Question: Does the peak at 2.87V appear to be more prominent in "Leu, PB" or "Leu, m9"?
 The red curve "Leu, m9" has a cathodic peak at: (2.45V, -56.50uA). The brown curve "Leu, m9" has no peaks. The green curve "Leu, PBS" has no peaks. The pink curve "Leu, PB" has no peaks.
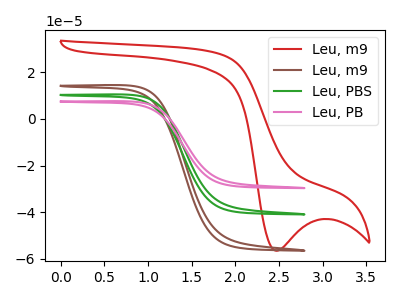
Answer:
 <answer>"Leu, PB" and "Leu, m9" dont share a peak at 2.87V.</answer>
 <eval>mismatch</eval>